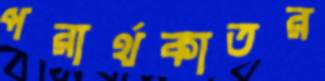
পরার্থকাতর